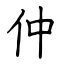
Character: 仲